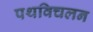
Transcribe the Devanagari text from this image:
पथविचलन